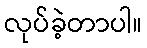
လုပ်ခဲ့တာပါ။